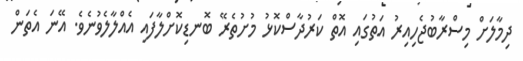
ދިމާލަށް މިސްރާބުޖެހިއިރު އަތުގައި އޮތް ކަރުދާސްކޮޅު މުށުތެރޭ ބޮނޑިކޮށްލާފައި އެއްލާލެވުނެވެ. އޭނަ އެތަން